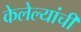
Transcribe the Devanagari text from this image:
केलेल्यांची